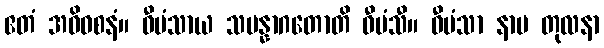
ဧတံ အဓိဝစနံ။ ဝီမံသာယ သမန္နာဂတောတိ ဝီမံသီ။ ဝီမံသာ နာမ တုလနာ